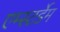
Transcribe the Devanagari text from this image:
एम्स्टर्डेम